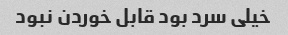
خیلی سرد بود قابل خوردن نبود